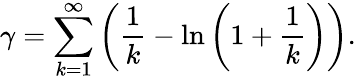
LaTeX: \gamma=\sum_{k=1}^{\infty}\left({\frac{1}{k}}-\ln\left(1+{\frac{1}{k}}\right)\right).